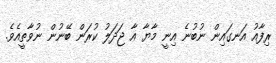
ރިފާއު އަނގައިން ނުބުނެ އިނީ މާޔާ އާ ޖަދަލު ކުރަން ބޭނުން ނުވާތީއެވެ.